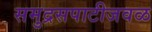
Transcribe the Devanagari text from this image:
समुद्रसपाटीजवळ